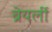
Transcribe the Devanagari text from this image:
ब्रेयर्ली